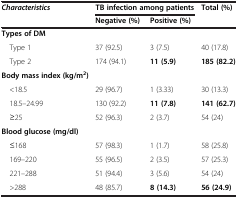
<table><thead><tr><td rowspan="2"><b><i>Characteristics</i></b></td><td colspan="2"><b>TB infection among patients</b></td><td rowspan="2"><b>Total (%)</b></td></tr><tr><td><b>Negative (%)</b></td><td><b>Positive (%)</b></td></tr></thead><tbody><tr><td><b>Types of DM</b></td><td> </td><td> </td><td> </td></tr><tr><td> Type 1</td><td>37 (92.5)</td><td>3 (7.5)</td><td>40 (17.8)</td></tr><tr><td> Type 2</td><td>174 (94.1)</td><td><b>11 (5.9)</b></td><td><b>185 (82.2)</b></td></tr><tr><td><b>Body mass index (kg/m</b><sup><b>2</b></sup><b>)</b></td><td> </td><td> </td><td> </td></tr><tr><td> &lt;18.5</td><td>29 (96.7)</td><td>1 (3.33)</td><td>30 (13.3)</td></tr><tr><td> 18.5–24.99</td><td>130 (92.2)</td><td><b>11 (7.8)</b></td><td><b>141 (62.7)</b></td></tr><tr><td> ≥25</td><td>52 (96.3)</td><td>2 (3.7)</td><td>54 (24)</td></tr><tr><td><b>Blood glucose (mg/dl)</b></td><td> </td><td> </td><td> </td></tr><tr><td> ≤168</td><td>57 (98.3)</td><td>1 (1.7)</td><td>58 (25.8)</td></tr><tr><td> 169–220</td><td>55 (96.5)</td><td>2 (3.5)</td><td>57 (25.3)</td></tr><tr><td> 221–288</td><td>51 (94.4)</td><td>3 (5.6)</td><td>54 (24)</td></tr><tr><td> &gt;288</td><td>48 (85.7)</td><td><b>8 (14.3)</b></td><td><b>56 (24.9)</b></td></tr></tbody></table>